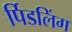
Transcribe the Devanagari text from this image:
र्पिडलिंग